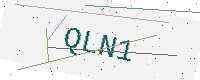
Text: QLN1